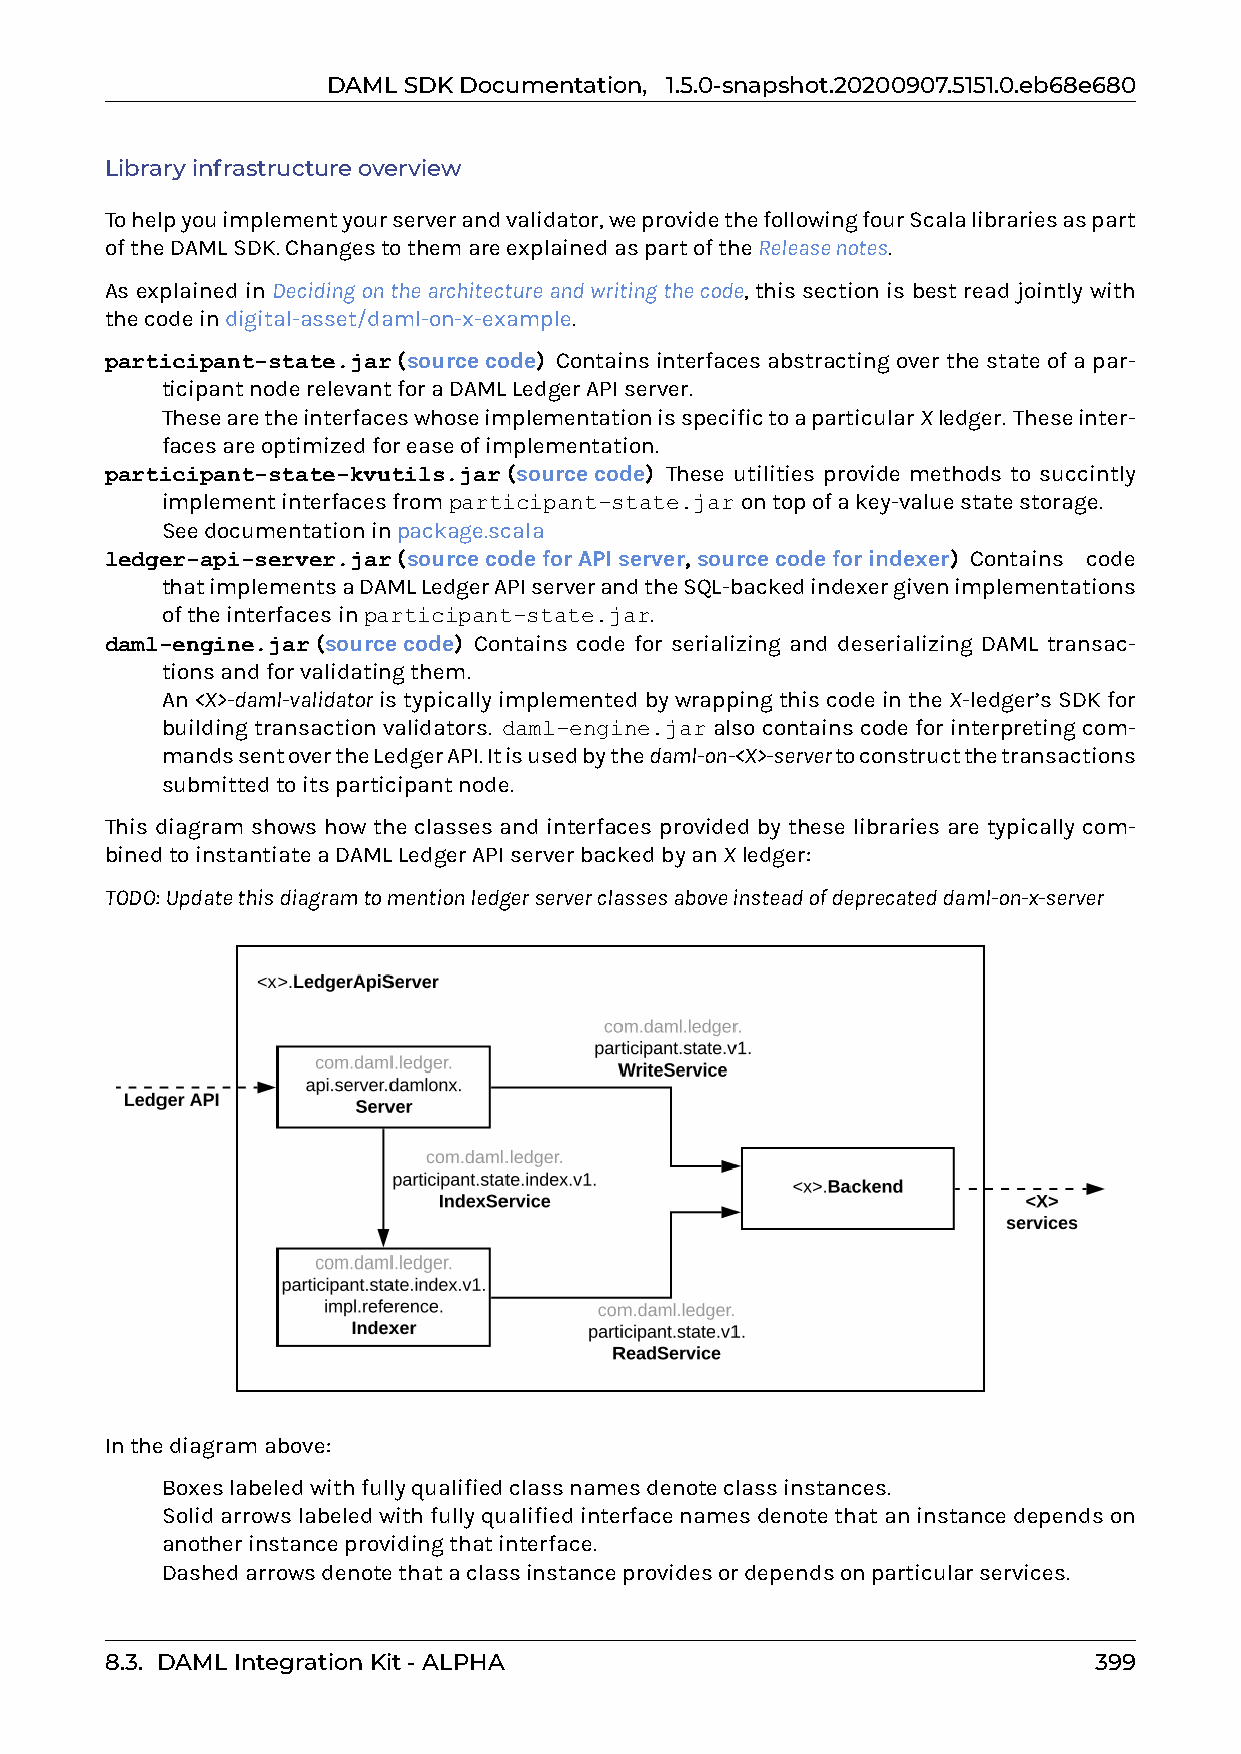
DAMLSDKDocumentation, 1.5.0-snapshot.20200907.5151.0.eb68e680
 Libraryinfrastructureoverview
 Tohelpyouimplementyourserverandvalidator,weprovidethefollowingfourScalalibrariesaspart
 oftheDAMLSDK.ChangestothemareexplainedaspartoftheReleasenotes.
 As explained in Decidingonthearchitectureandwritingthecode, this section is best read jointly with
 thecodeindigital-asset/daml-on-x-example.
 participant-state.jar(sourcecode) Contains interfaces abstracting over the state of a par-
 ticipantnoderelevantforaDAMLLedgerAPIserver.
 ThesearetheinterfaceswhoseimplementationisspecifictoaparticularXledger. Theseinter-
 facesareoptimizedforeaseofimplementation.
 participant-state-kvutils.jar(sourcecode) These utilities provide methods to succintly
 implementinterfacesfromparticipant-state.jarontopofakey-valuestatestorage.
 Seedocumentationinpackage.scala
 ledger-api-server.jar(sourcecodeforAPIserver,sourcecodeforindexer) Contains code
 thatimplementsaDAMLLedgerAPIserverandtheSQL-backedindexergivenimplementations
 oftheinterfacesinparticipant-state.jar.
 daml-engine.jar(sourcecode) Contains code for serializing and deserializing DAML transac-
 tionsandforvalidatingthem.
 An<X>-daml-validatoristypicallyimplementedbywrappingthiscodeintheX-ledger’sSDKfor
 buildingtransactionvalidators. daml-engine.jaralsocontainscodeforinterpretingcom-
 mandssentovertheLedgerAPI.Itisusedbythedaml-on-<X>-servertoconstructthetransactions
 submittedtoitsparticipantnode.
 This diagram shows how the classes and interfaces provided by these libraries are typically com-
 binedtoinstantiateaDAMLLedgerAPIserverbackedbyanXledger:
 TODO:Updatethisdiagramtomentionledgerserverclassesaboveinsteadofdeprecateddaml-on-x-server
 Inthediagramabove:
 0 Boxeslabeledwithfullyqualifiedclassnamesdenoteclassinstances.
 0 Solidarrowslabeledwithfullyqualifiedinterfacenamesdenotethataninstancedependson
 anotherinstanceprovidingthatinterface.
 0 Dashedarrowsdenotethataclassinstanceprovidesordependsonparticularservices.
 8.3. DAMLIntegrationKit-ALPHA                                    399